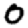
Digit: 0